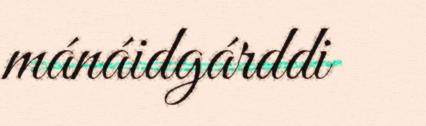
mánáidgárddi